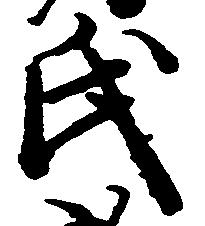
氏